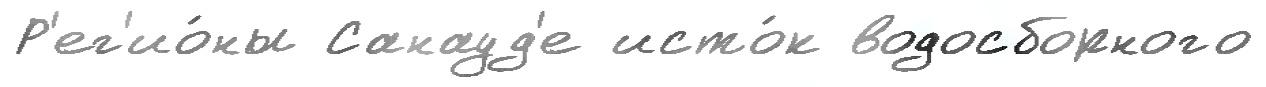
Р'ег'ио́ны Санауд'е исто́к водосборного